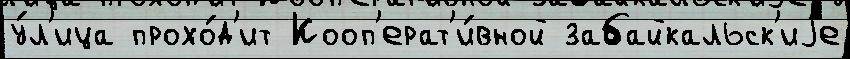
у́л'ица прохо́д'ит Кооп'ерат'и́вной забайкальск'иjе